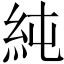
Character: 純